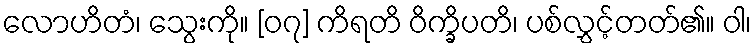
လောဟိတံ၊ သွေးကို။ [၀၇] ကိရတိ ဝိက္ခိပတိ၊ ပစ်လွှင့်တတ်၏။ ဝါ၊